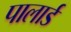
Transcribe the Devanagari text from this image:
पालार्ड